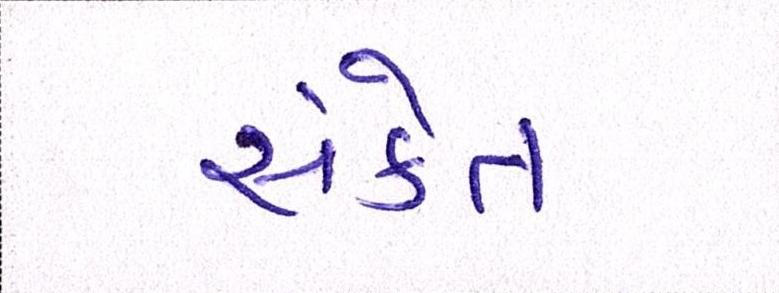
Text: સંકેત